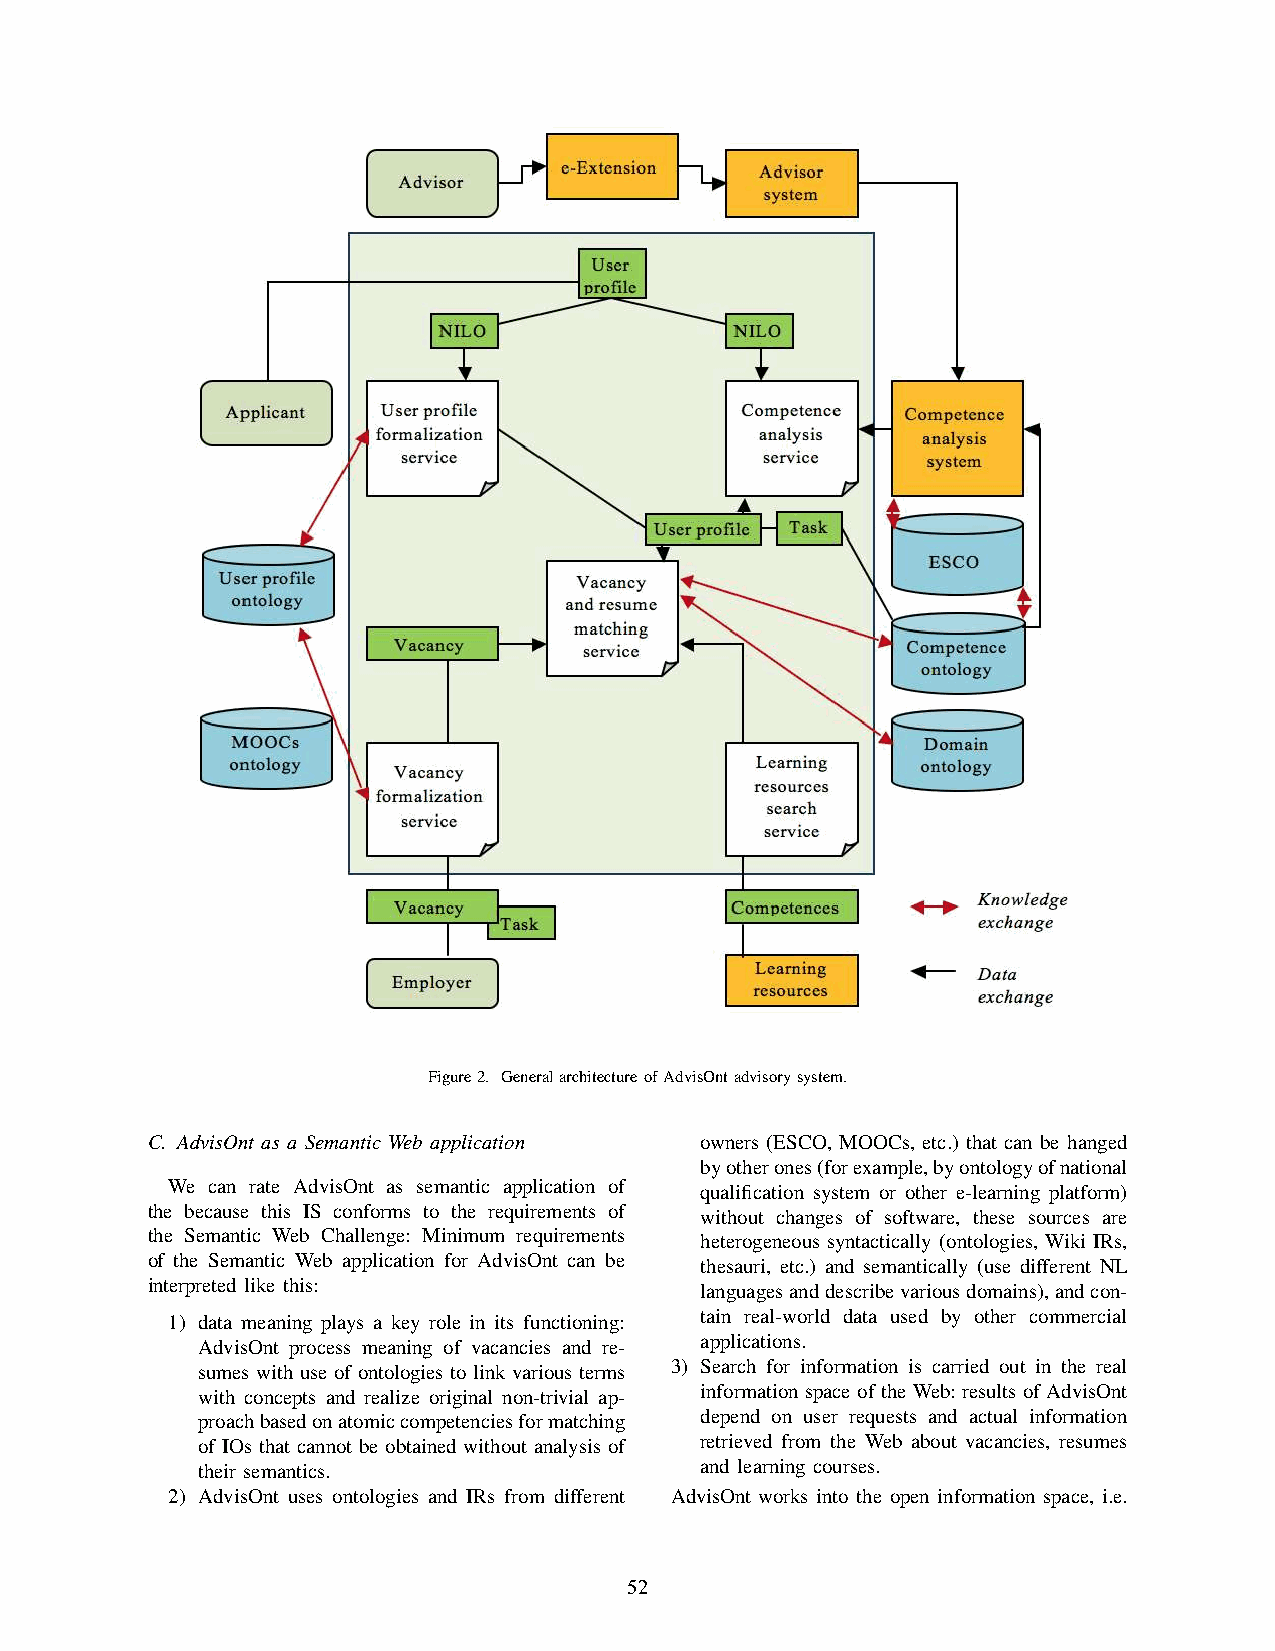
Figure2. GeneralarchitectureofAdvisOntadvisorysystem.
 C. AdvisOnt as a Semantic Web application owners (ESCO, MOOCs, etc.) that can be hanged
 byotherones(forexample,byontologyofnational
 We can rate AdvisOnt as semantic application of qualification system or other e-learning platform)
 the because this IS conforms to the requirements of without changes of software, these sources are
 the Semantic Web Challenge: Minimum requirements heterogeneous syntactically (ontologies, Wiki IRs,
 of the Semantic Web application for AdvisOnt can be thesauri, etc.) and semantically (use different NL
 interpreted like this:              languagesanddescribevariousdomains),andcon-
 1) data meaning plays a key role in its functioning: tain real-world data used by other commercial
 AdvisOnt process meaning of vacancies and re- applications.
 sumes with use of ontologies to link various terms 3) Search for information is carried out in the real
 with concepts and realize original non-trivial ap- information space of the Web: results of AdvisOnt
 proachbasedonatomiccompetenciesformatching depend on user requests and actual information
 of IOs that cannot be obtained without analysis of retrieved from the Web about vacancies, resumes
 their semantics.                 and learning courses.
 2) AdvisOnt uses ontologies and IRs from different AdvisOnt works into the open information space, i.e.
 52